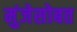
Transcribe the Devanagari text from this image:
मुंजेसोबत